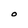
Character: O